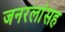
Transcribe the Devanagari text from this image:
जनरलांसह